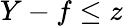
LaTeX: Y-f\leq z